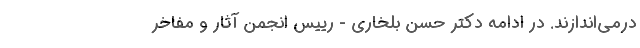
درمی‌اندازند. در ادامه دکتر حسن بلخاری - رییس انجمن آثار و مفاخر